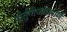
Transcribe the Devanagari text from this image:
पोर्तुगीजांप्रमाणे